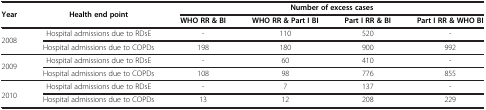
<table><thead><tr><td rowspan="2"><b>Year</b></td><td rowspan="2"><b>Health end point</b></td><td colspan="4"><b>Number of excess cases</b></td></tr><tr><td><b>WHO RR &amp; BI</b></td><td><b>WHO RR &amp; Part I BI</b></td><td><b>Part I RR &amp; BI</b></td><td><b>Part I RR &amp; WHO BI</b></td></tr></thead><tbody><tr><td rowspan="2">2008</td><td>Hospital admissions due to RDsE</td><td>-</td><td>110</td><td>520</td><td>-</td></tr><tr><td>Hospital admissions due to COPDs</td><td>198</td><td>180</td><td>900</td><td>992</td></tr><tr><td rowspan="2">2009</td><td>Hospital admissions due to RDsE</td><td>-</td><td>60</td><td>410</td><td>-</td></tr><tr><td>Hospital admissions due to COPDs</td><td>108</td><td>98</td><td>776</td><td>855</td></tr><tr><td rowspan="2">2010</td><td>Hospital admissions due to RDsE</td><td>-</td><td>7</td><td>137</td><td>-</td></tr><tr><td>Hospital admissions due to COPDs</td><td>13</td><td>12</td><td>208</td><td>229</td></tr></tbody></table>